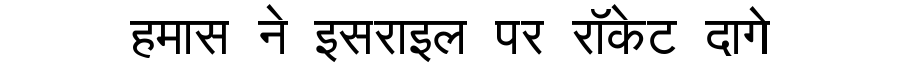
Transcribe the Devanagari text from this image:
हमास ने इसराइल पर रॉकेट दागे